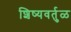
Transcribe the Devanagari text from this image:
शिष्यवर्तुळ